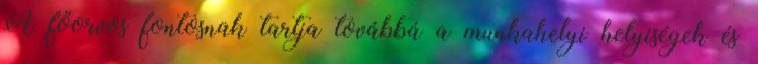
A főorvos fontosnak tartja továbbá a munkahelyi helyiségek és